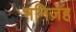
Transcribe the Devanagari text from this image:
मनिज़ेह